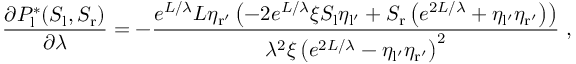
\frac { \partial P _ { \mathrm { l } } ^ { * } ( S _ { \mathrm { l } } , S _ { \mathrm { r } } ) } { \partial \lambda } = - \frac { e ^ { L / \lambda } L \eta _ { \mathrm { r ^ { \prime } } } \left( - 2 e ^ { L / \lambda } \xi S _ { \mathrm { l } } \eta _ { \mathrm { l ^ { \prime } } } + S _ { \mathrm { r } } \left( e ^ { 2 L / \lambda } + \eta _ { \mathrm { l ^ { \prime } } } \eta _ { \mathrm { r ^ { \prime } } } \right) \right) } { \lambda ^ { 2 } \xi \left( e ^ { 2 L / \lambda } - \eta _ { \mathrm { l ^ { \prime } } } \eta _ { \mathrm { r ^ { \prime } } } \right) ^ { 2 } } \ ,